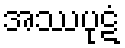
အဿပုဋံ